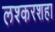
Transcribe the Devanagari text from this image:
लश्करशहा